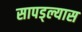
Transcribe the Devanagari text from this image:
सापड्ल्यास